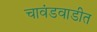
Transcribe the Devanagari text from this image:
चावंडवाडीत